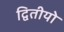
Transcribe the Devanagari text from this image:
द्वितीयो